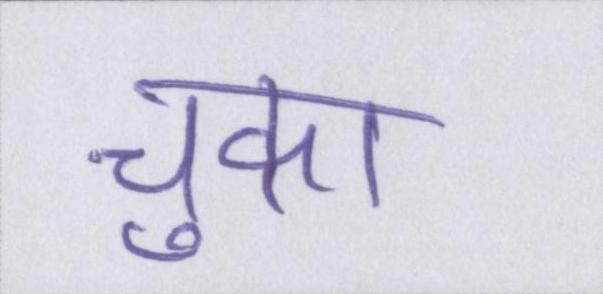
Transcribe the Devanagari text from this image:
चुका